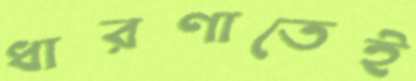
ধারণাতেই